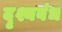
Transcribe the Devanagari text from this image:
दृश्यबंध